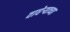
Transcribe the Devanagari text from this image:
वाघेऱ्याच्या